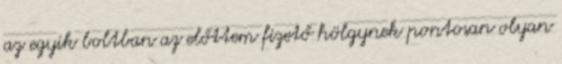
az egyik boltban az előttem fizető hölgynek pontosan olyan